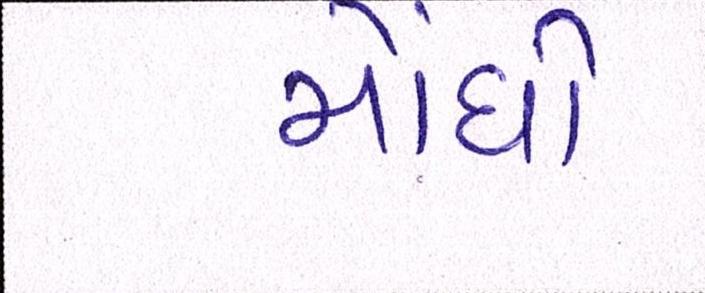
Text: મોંધો